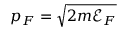
p _ { F } = \sqrt { 2 m \mathscr { E } _ { F } }